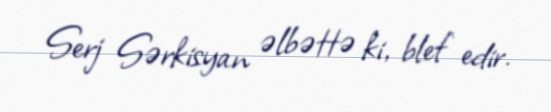
Serj Sərkisyan əlbəttə ki, blef edir.